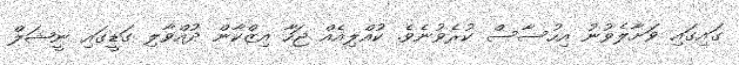
ގައިގައި ވަށާލެވުނު އިހުސާސް ކުރެވުނެވެ. ކުއްލިއެއް ޖަހާ އިޒްކާން ދުއްވާލި ގަޑީގައި ނީޝަލް